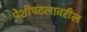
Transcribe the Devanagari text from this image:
पेशीपटलावरील